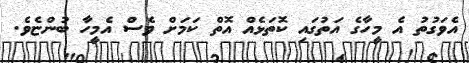
އެވަގުތު އެ މީހާގެ އަތުގައި ކޮތަޅެއް އޮތް ކަމަށް ވެސް އެމީހާ ބުންޏެވެ.